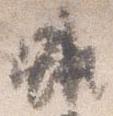
雖